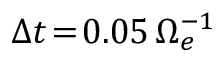
\Delta t \! = \! 0 . 0 5 \, \Omega _ { e } ^ { - 1 }